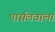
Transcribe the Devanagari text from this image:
पार्सलवाला